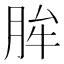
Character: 䏬